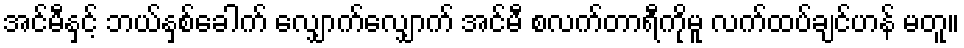
အင်မီနှင့် ဘယ်နှစ်ခေါက် လျှောက်လျှောက် အင်မီ စလက်တာရီကိုမူ လက်ထပ်ချင်ဟန် မတူ။